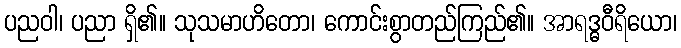
ပညဝါ၊ ပညာ ရှိ၏။ သုသမာဟိတော၊ ကောင်းစွာတည်ကြည်၏။ အာရဒ္ဓဝီရိယော၊